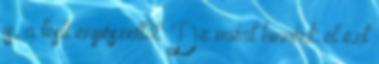
is, a testi enyészettől. De miért hinnénk el ezt